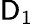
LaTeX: \mathsf{D}_{1}